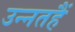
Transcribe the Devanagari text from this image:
उन्नतहैं